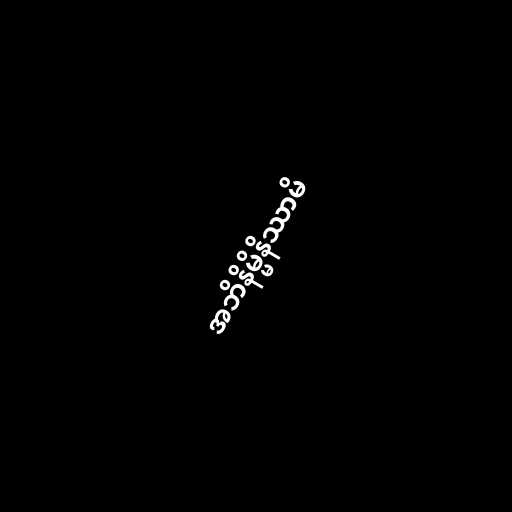
အဘိနိမ္မိနိဿာမိ